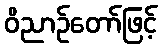
ဝိညာဉ်တော်ဖြင့်